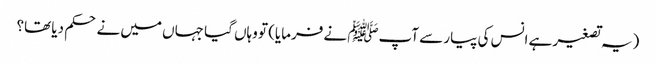
(یہ تصغیر ہے انس کی پیار سے آپﷺ نے فرمایا) تو وہاں گیا جہاں میں نے حکم دیا تھا؟